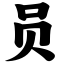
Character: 员